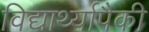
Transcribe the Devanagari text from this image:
विद्यार्थ्यापैकी